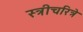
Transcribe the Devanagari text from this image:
स्त्रीचरित्रे